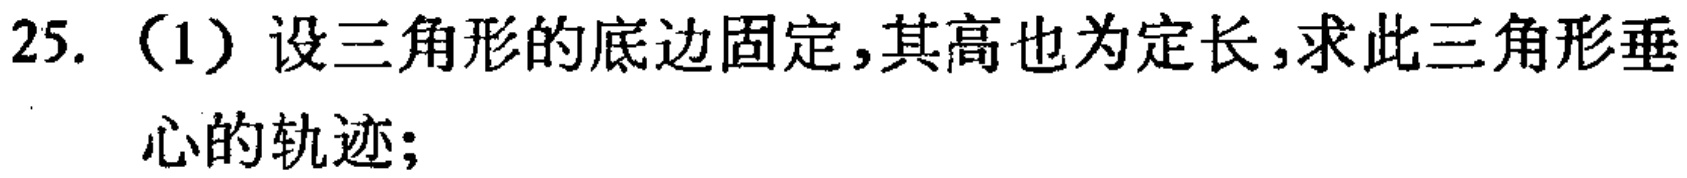
25. （1）设三角形的底边固定，其高也为定长，求此三角形垂心的轨迹；